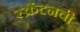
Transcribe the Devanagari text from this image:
स्क्रँटनची